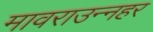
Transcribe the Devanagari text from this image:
मावराउन्नहर